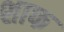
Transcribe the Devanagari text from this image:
शाफ